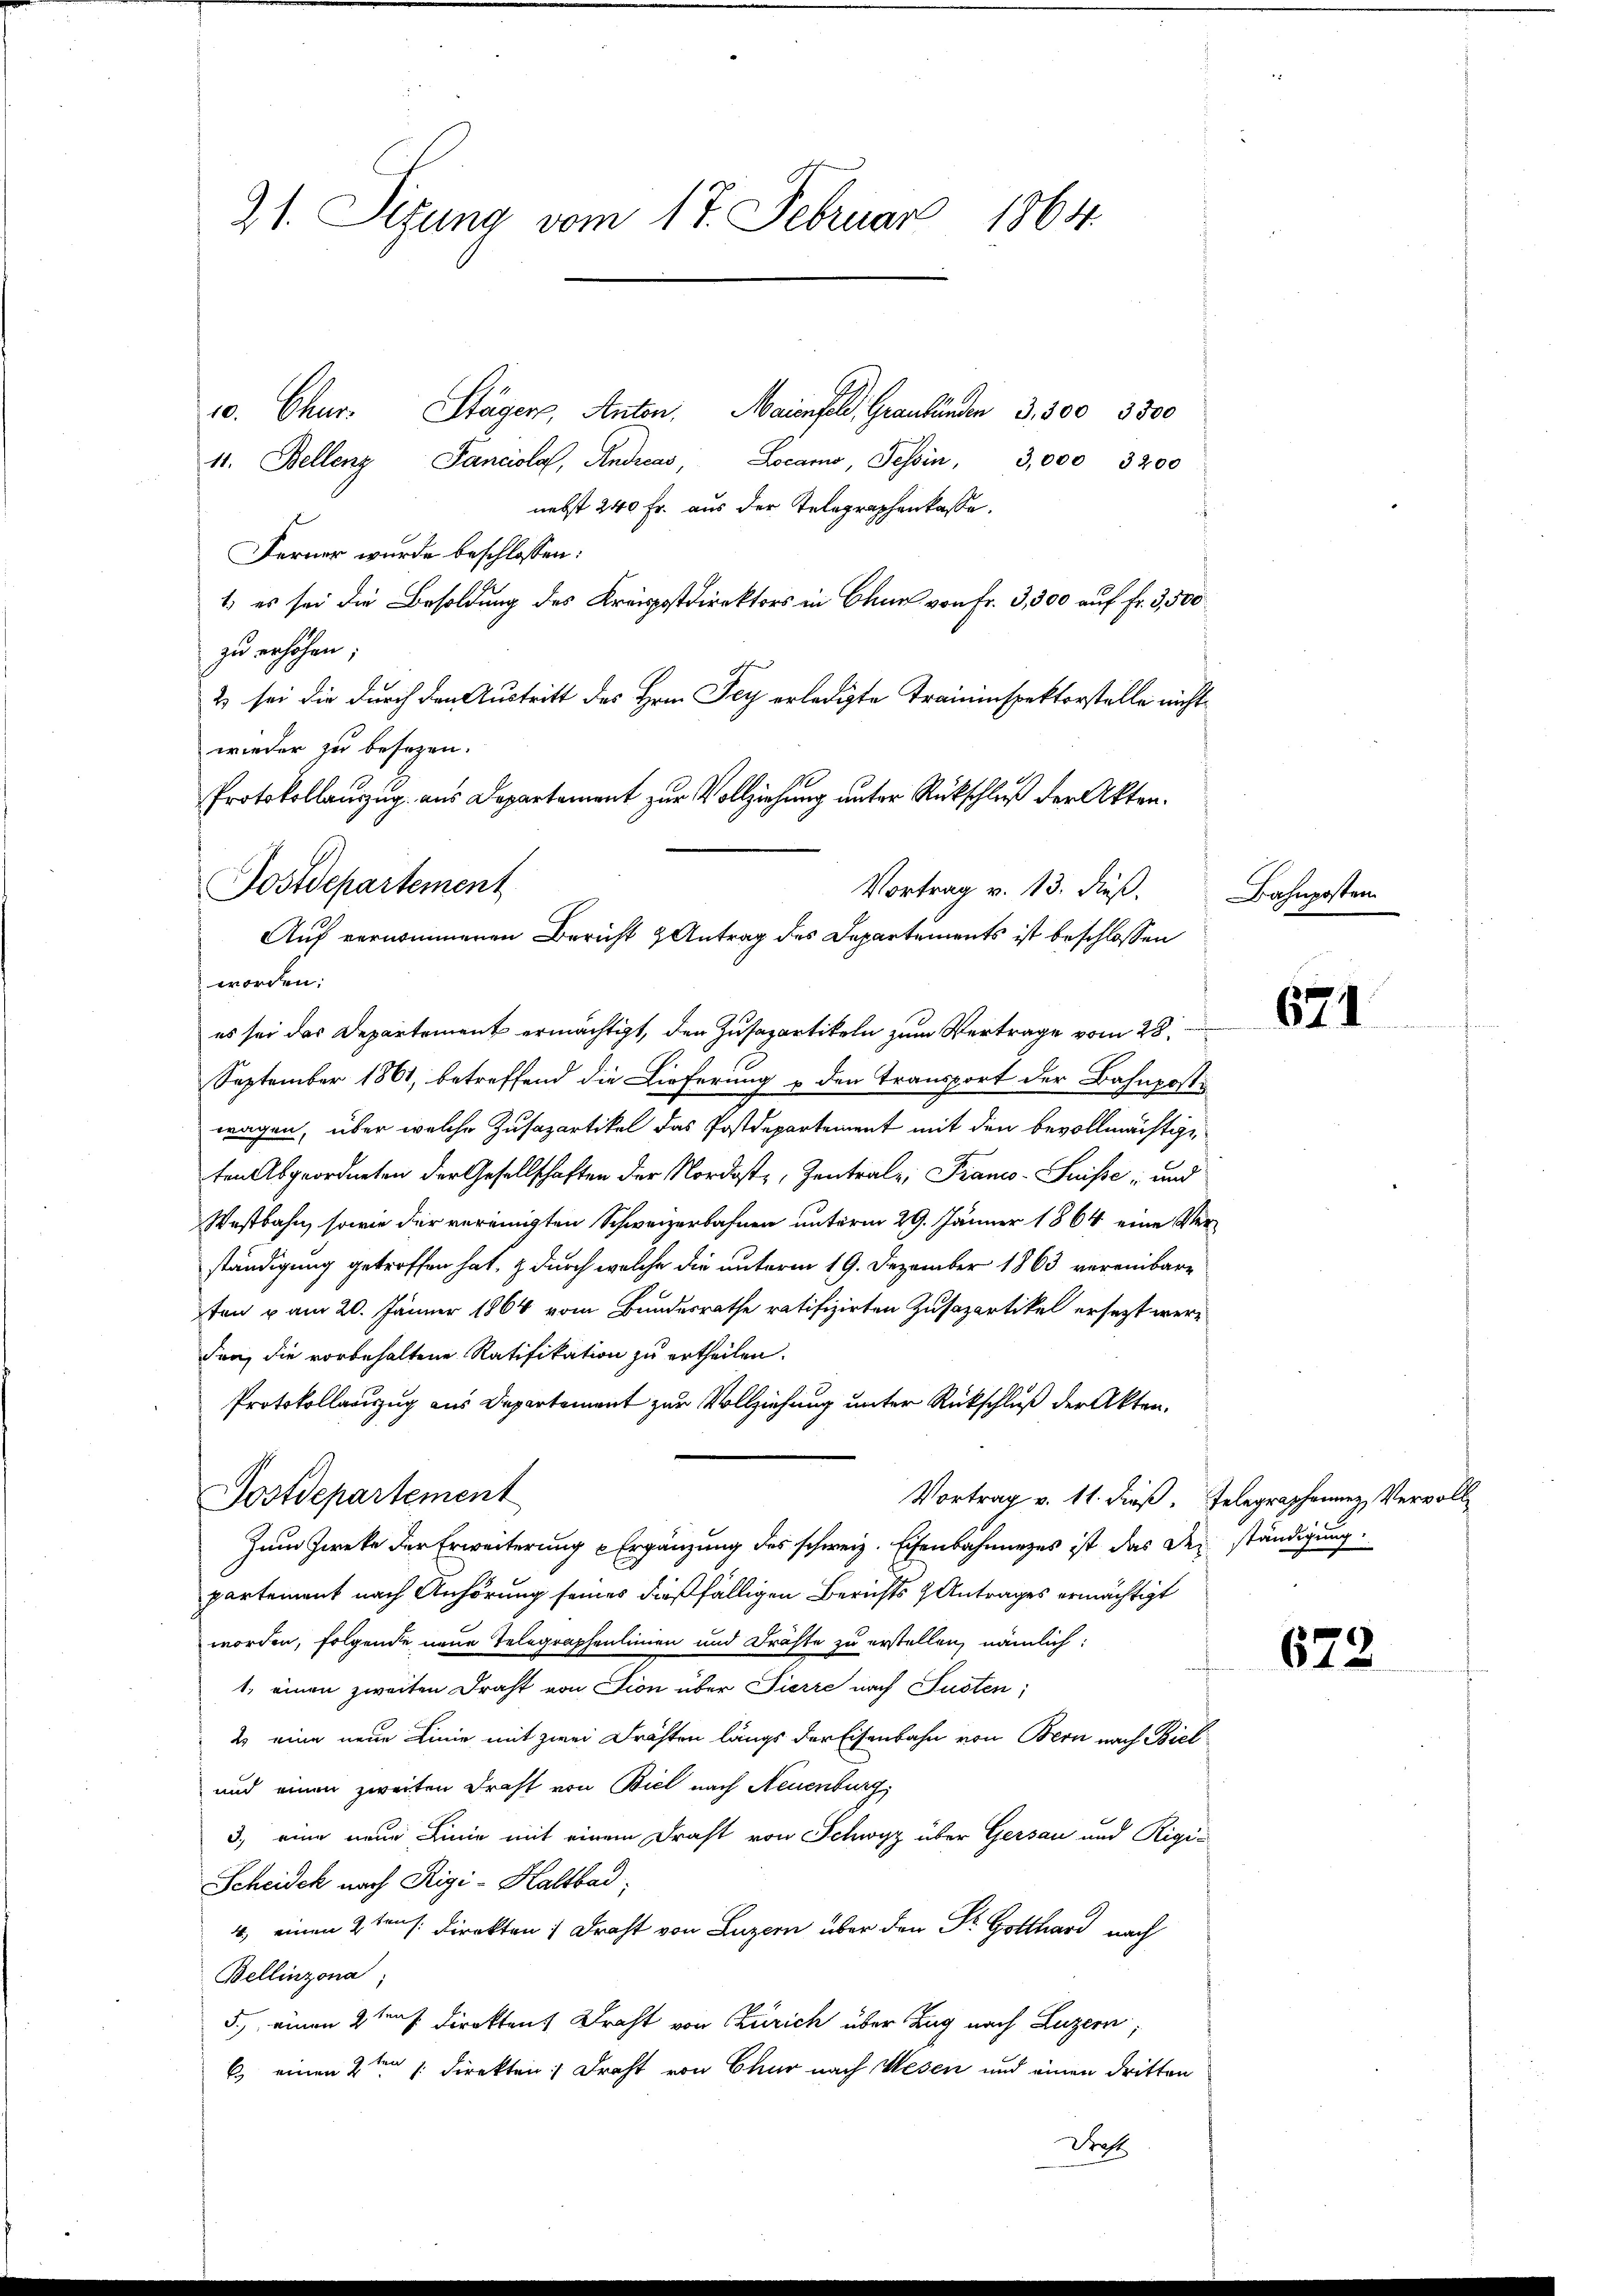
21. Sitzung vom 17. Februar 1864.

10. Chur. Stäger, Anton. Maienfeld, Graubünden 3,500, 3500
11. Bellenz, Pancola, Andreas, Locarno, Tessin, 3,000, 3200
nebst 240 Fr. aus der Telegraphenkasse.
Ferner wurde beschlossen:
1) es sei die Besoldung des Kreispostdirektors in Chur von Fr. 3,300 auf fr. 3,500
zu erhöhen;
2 sei die durch den Austritt des Hrn. Pey erledigte Traininspektorstelle nicht
wieder zu besezen.
Protokollauszug aus Departement zur Vollziehung unter Rückschluß der Akten.
September 1861, betreffend die Lieferung u den Transport der Bahnpost-
wagen, über welche Zusapartikel das Postdepartement mit den bevollmächtige
ten Abgeordneten der Gesellschaften der Nordost, Zentralz, Franco-Suisse, und
Westbahn, sowie der vereinigten Schweizerbahnen unterm 29. Jänner 1864 eine Verständigung getroffen hat, & durch welche die unterm 19. Dezember 1863 vereinbare
ten vom 20. Jänner 1864 vom Bundesrathe ratifizirten Zusazartikel ersezt werden, die vorbehaltene Ratifikation zu ertheilen.
Protokollauszug aus Departement zur Vollziehung unter Rückschluß der Akten.
Postdepartement
Vortrag v. 11. dieß Telegraphenenz Vervoll
Zum Zwecke der Erweiterung u Ergänzung des schweiz. Eisenbahnunges ist das der ständigung
partement nach Anhörung seines dießfälligen Berichts & Antrages ermächtigt
worden, folgende neue Telegraphenlinien und Fräste zu erstellen, nämlich:
1. einen zweiten Draht von ction über Pierre nach Susten;
2 eine neue Linie mit zwei Drähten längs der Eisenbahn von Bern nach Biel
und einen zweiten Draht von Biel nach Neuenburg,
3., eine neue Linie mit einem Drast von Schwyz über Gersau und Rigi¬
Scheidek nach Rigi-Haltbad
4, einen 2ten s. Direkten 1 Draht von Luzern über den Dr. Gotthard nach
Bellinzona
5., einen 2ten J. direkten Draht von Zürich über Tag nach Luzern,
6) einen 2ten 1. Direkten Draht von Chur nach Wesen und einen dritten
Frost

Postdepartement
Vortrag v. 13. Fieß.
Auf vernommenen Bericht & Antrag des Departements ist beschlossen
worden:
es sei das Departement ermächtigt, den Zusapartikeln zum Vertrage vom 28.

Bahnposten

621.

672